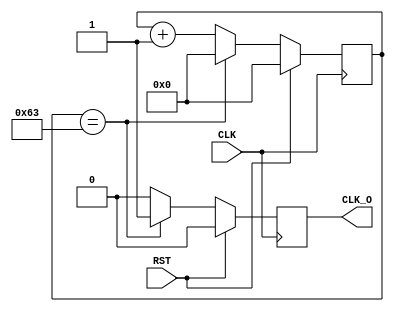
`timescale 1ns / 1ps
//////////////////////////////////////////////////////////////////////////////////
// Company: 
// Engineer: 
// 
// Design Name: 
// Module Name: clk_en106
// Project Name: 
// Target Devices: 
// Tool Versions: 
// Description: 
// 
// Dependencies: 
// 
// Revision:
// Revision 0.01 - File Created
// Additional Comments:
// 
//////////////////////////////////////////////////////////////////////////////////


module clk_en106(
    input CLK,
    input RST,
    output reg CLK_O
    );
    //generate pulse signal with 1M hz frequency,with 10ns width, to enable some module
    parameter cnt_max=99;
    reg [7:0] cnt=8'b0;
    always @ (posedge CLK)begin
        if(RST)cnt<=8'b0;
        else if (cnt==cnt_max) cnt<=8'b0;
        else cnt<=cnt+1'b1;
    end
    
    always @ (posedge CLK)begin
        if(RST)CLK_O<=0;
        else if(cnt==cnt_max) CLK_O<=1;
        else CLK_O<=0;
    end
endmodule